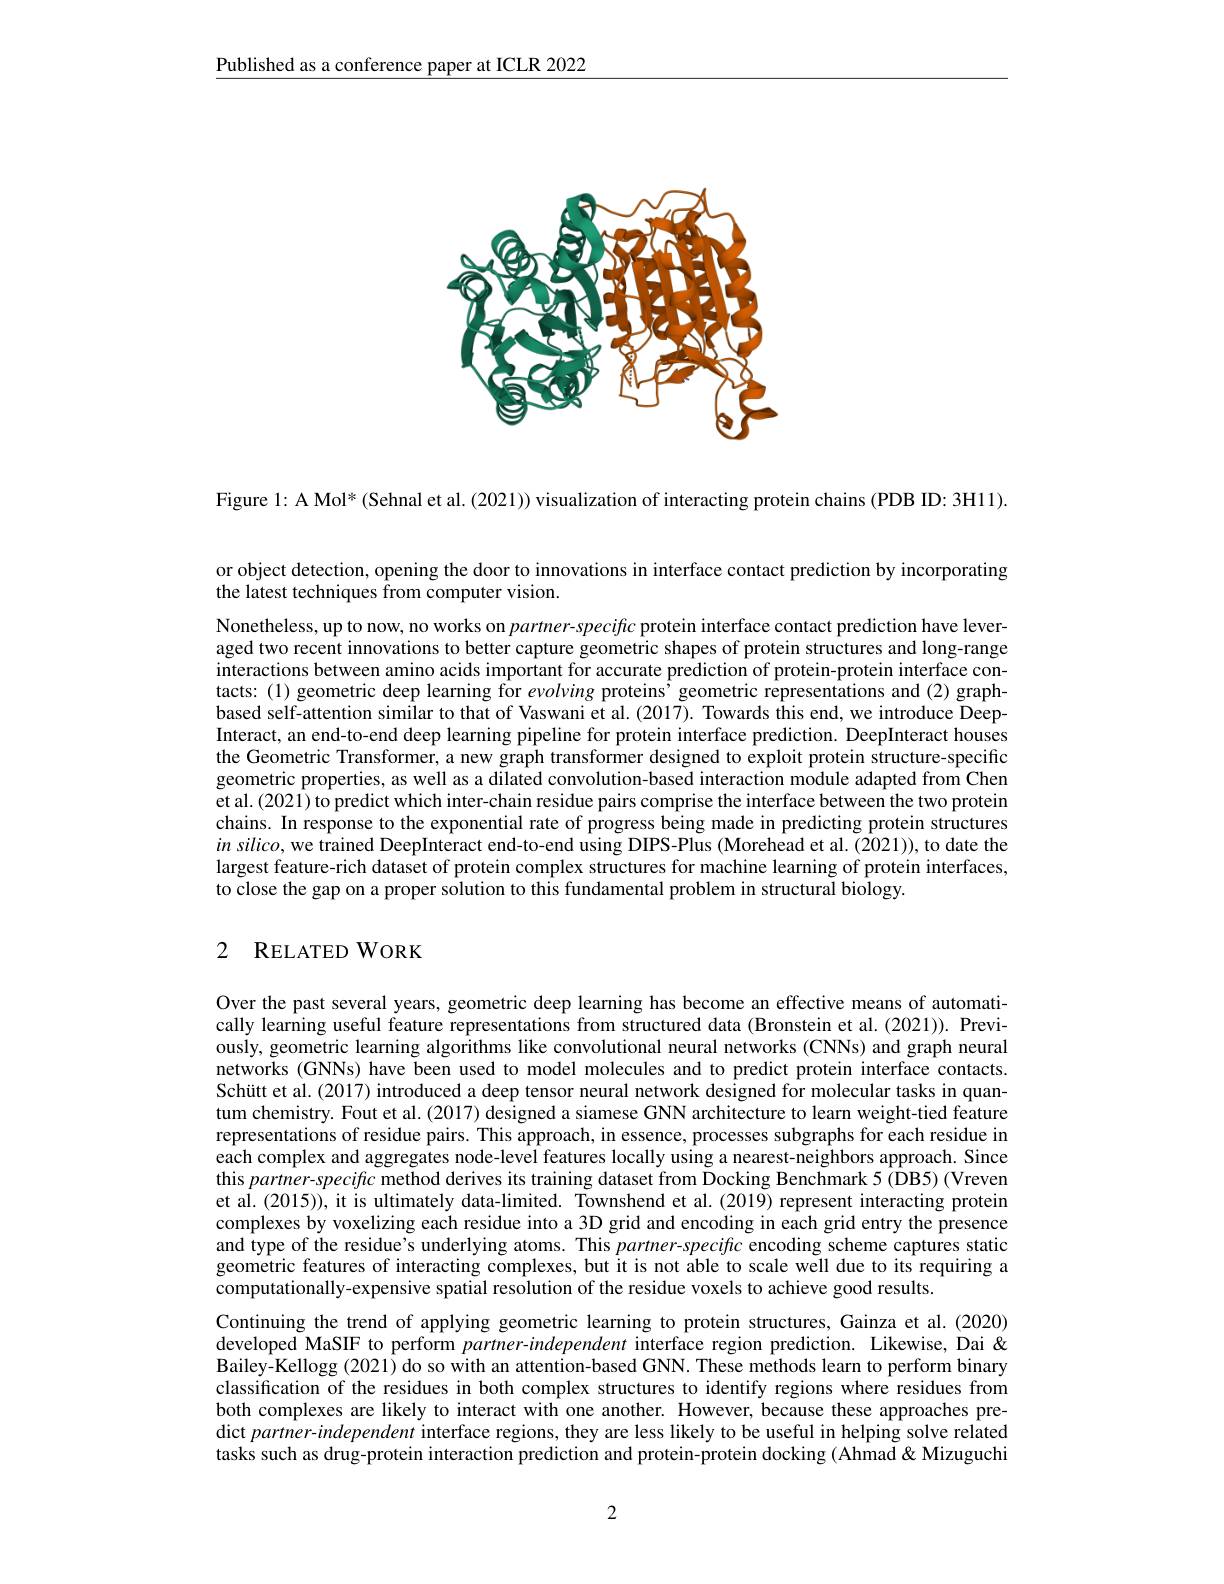
Published as a conference paper at ICLR 2022

<FigureHere>

Figure 1: A Mol* (Sehnal et al. (2021)) visualization of interacting protein chains (PDB ID: 3H11).

or object detection, opening the door to innovations in interface contact prediction by incorporating
the latest techniques from computer vision.

Nonetheless, up to now, no works on $partner-specific$ protein interface contact prediction have leveraged two recent innovations to better capture geometric shapes of protein structures and long-range interactions between amino acids important for accurate prediction of protein-protein interface contacts: (1) geometric deep learning for evolving proteins’geometric representations and (2) graphbased self-attention similar to that of Vaswani et al. (2017). Towards this end, we introduce DeepInteract, an end-to-end deep learning pipeline for protein interface prediction. DeepInteract houses the Geometric Transformer, a new graph transformer designed to exploit protein structure-specific geometric properties, as well as a dilated convolution-based interaction module adapted from Chen et al.(2021) to predict which inter-chain residue pairs comprise the interface between the two protein chains. In response to the exponential rate of progress being made in predicting protein structures $insilico$, we trained DeepInteract end-to-end using DIPS-Plus (Morehead et al. (2021)), to date the largest feature-rich dataset of protein complex structures for machine learning of protein interfaces, to close the gap on a proper solution to this fundamental problem in structural biology.

## 2 RELATEDWORK

Over the past several years, geometric deep learning has become an effective means of automatically learning useful feature representations from structured data (Bronstein et al.(2021)). Previously, geometric learning algorithms like convolutional neural networks (CNNs) and graph neural networks (GNNs) have been used to model molecules and to predict protein interface contacts. Schütt et al. (2017) introduced a deep tensor neural network designed for molecular tasks in quantum chemistry. Fout et al.(2017) designed a siamese GNN architecture to learn weight-tied feature representations of residue pairs. This approach, in essence, processes subgraphs for each residue in each complex and aggregates node-level features locally using a nearest-neighbors approach. Since this $partner-specific$ method derives its training dataset from Docking Benchmark 5 ( ÎB5) (Vreven et al. (2015)), it is ultimately data-limited. Townshend et al. (2019) represent interacting protein complexes by voxelizing each residue into a 3D grid and encoding in each grid entry the presence and type of the residue's underlying atoms. This partner-specific encoding scheme captures static geometric features of interacting complexes, but it is not able to scale well due to its requiring a computationally-expensive spatial resolution of the residue voxels to achieve good results.
Continuing the trend of applying geometric learning to protein structures, Gainza et al.(2020) developed MaSIF to perform partner-independent interface region prediction. Likewise, Dai& Bailey-Kellogg (2021) do so with an attention-based GNN. These methods learn to perform binary classification of the residues in both complex structures to identify regions where residues from both complexes are likely to interact with one another. However, because these approaches predict partner-independent interface regions, they are less likely to be useful in helping solve related tasks such as drug-protein interaction prediction and protein-protein docking (Ahmad & Mizuguchi

2